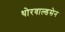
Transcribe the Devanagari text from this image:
थोरवाल्डसेन